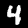
Label: 4